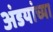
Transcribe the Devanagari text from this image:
अंडयांच्या